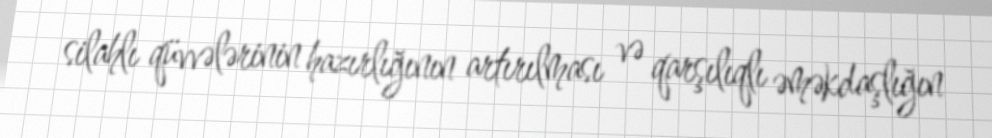
silahlı qüvvələrinin hazırlığının artırılması və qarşılıqlı əməkdaşlığın